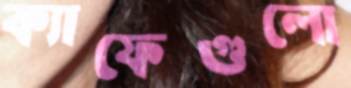
ক্যাফেগুলো